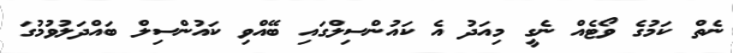
ނެތް ކަމުގެ ވޯޓެއް ނެގީ މިއަދު އެ ކައުންސިލްގައި ބޭއްވި ކައުންސިލް ބައްދަލުވުމުގަ